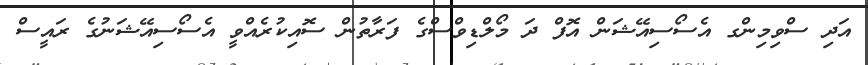
އަދި ސްވިމިންގ އެސޯސިއޭޝަން އޮފް ދަ މޯލްޑިވްސްގެ ފަރާތުން ސޮއިކުރެއްވީ އެސޯސިއޭޝަނުގެ ރައީސް